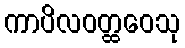
ကာပိလဝတ္ထဝေသု